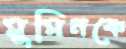
মুমিনকে